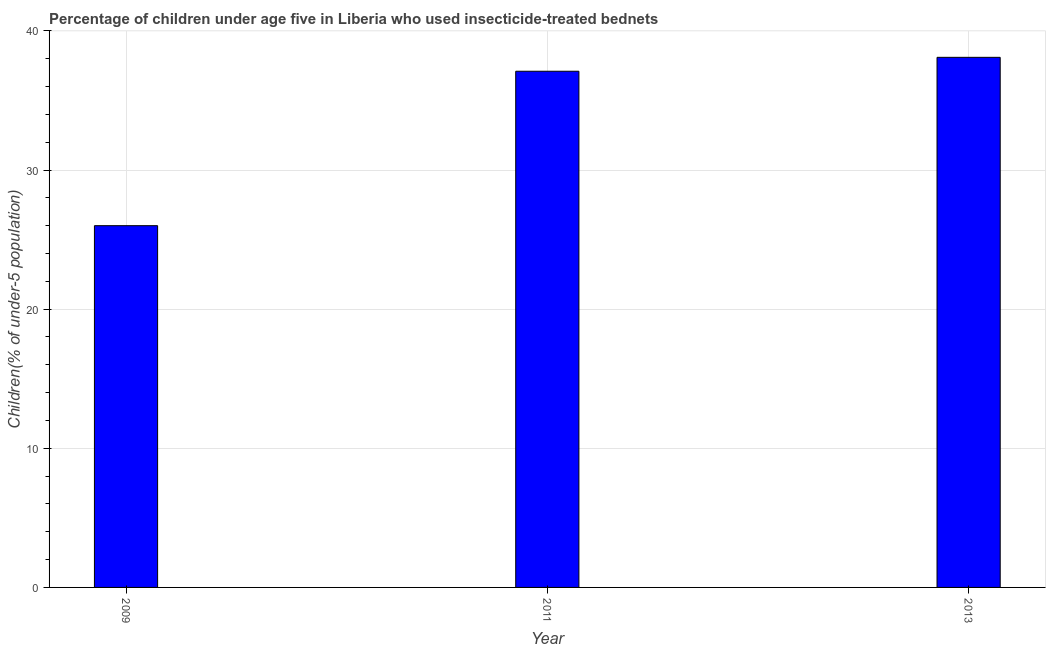
| Year | Use of insecticide-treated bed nets (% of under-5 population) |
 | --- | --- |
 | 2009 | 26 |
 | 2011 | 37.1 |
 | 2013 | 38.1 |